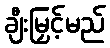
ချီးမြှင့်မည်